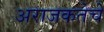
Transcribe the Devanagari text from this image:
अराजकतेचे